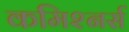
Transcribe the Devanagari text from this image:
कमिश्नर्स